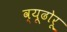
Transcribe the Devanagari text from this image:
व्यूढोरू